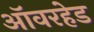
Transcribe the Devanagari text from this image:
ऑवरहेड